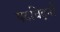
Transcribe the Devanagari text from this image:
पदचिह्‌नों